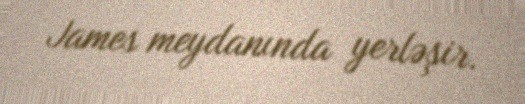
James meydanında yerləşir.